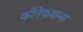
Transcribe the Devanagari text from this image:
कोंनेकशन्स